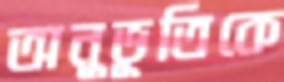
অনুভূতিকে